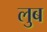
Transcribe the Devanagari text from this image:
लुब